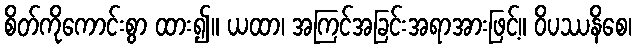
စိတ်ကိုကောင်းစွာ ထား၍။ ယထာ၊ အကြင်အခြင်းအရာအားဖြင့်။ ဝိပဿနိစေ၊